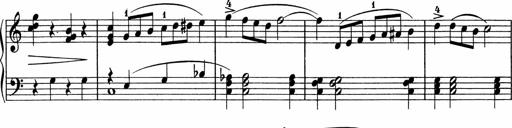
Title: 5 Sonatinen fÃ¼r die Jugend
Composer: Carl Reinecke